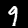
Digit: 9